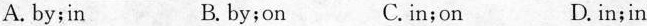
A.by;in B. by;on C.in;on D. in;in